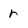
Character: r